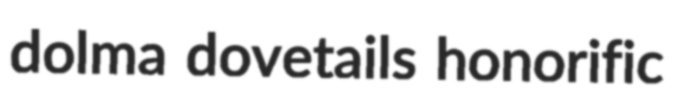
dolma dovetails honorific